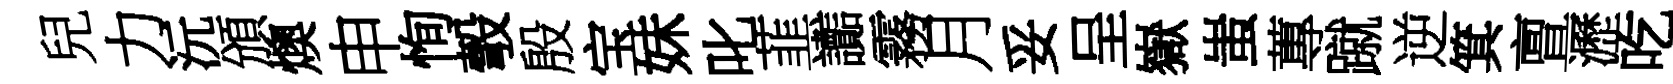
兒力沅頒燠申恂彀殷宝妹叱韮讟霧月妥呈嶽蚩蓴蹴逆箕亶瀝吃